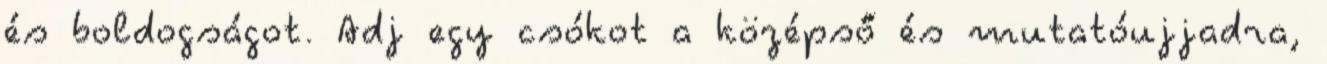
és boldogságot. Adj egy csókot a középső és mutatóujjadra,